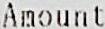
AMOUNT